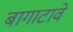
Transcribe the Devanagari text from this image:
बागाटावे